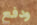
ودفع